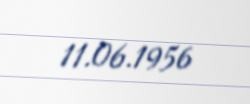
11.06.1956